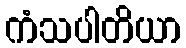
ကံသပါတိယာ